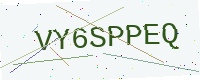
Text: VY6SPPEQ